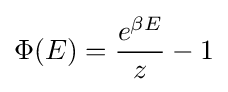
\Phi (E)={\frac {e^{\beta E}}{z}}-1